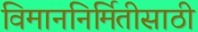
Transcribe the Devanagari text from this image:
विमाननिर्मितीसाठी